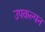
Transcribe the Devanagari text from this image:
उपकल्पन